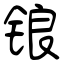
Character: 锒